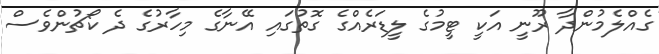
ގެއްލެމުންދާ ރޫނީ އަކީ ޓީމުގެ ލީޑަރެއްގެ ގޮތުގައި އޭނާގެ މިހާރުގެ ދެ ކޯޗުންވެސް